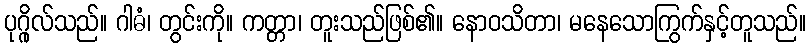
ပုဂ္ဂိုလ်သည်။ ဂါဓံ၊ တွင်းကို။ ကတ္တာ၊ တူးသည်ဖြစ်၏။ နောဝသိတာ၊ မနေသောကြွက်နှင့်တူသည်။